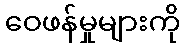
ဝေဖန်မှုများကို